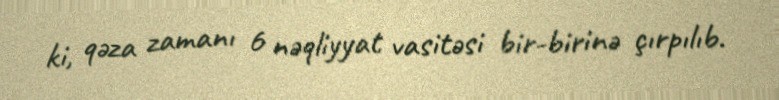
ki, qəza zamanı 6 nəqliyyat vasitəsi bir-birinə çırpılıb.